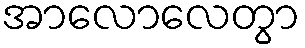
အာလောလေတွာ